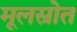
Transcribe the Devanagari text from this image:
मूलस्रोत